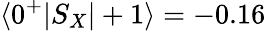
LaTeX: \langle 0^{+}|S_{X}|+1\rangle=-0.16